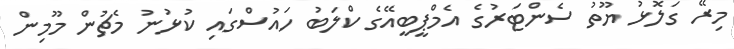
މިރޭ ގަލޮޅު ޔޫތު ސެންޓަރުގެ އެމްޕީބީއޭގެ ކްލަބު ހައުސްގައި ކުޅުނު މެޗުން މޫމިން